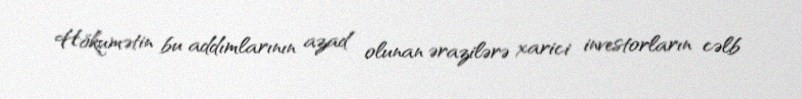
Hökumətin bu addımlarının azad olunan ərazilərə xarici investorların cəlb